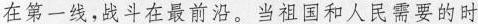
在第一线，战斗在最前沿。当祖国和人民需要的时